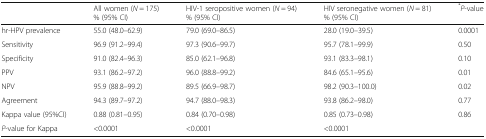
<table><thead><tr><td></td><td><b>All women (<i>N</i> = 175)% (95% CI)</b></td><td><b>HIV-1 seropositive women (<i>N</i> = 94)% (95% CI)</b></td><td><b>HIV seronegative women (<i>N</i> = 81)% (95% CI)</b></td><td><b><sup>*</sup><i>P</i>-value</b></td></tr></thead><tbody><tr><td>hr-HPV prevalence</td><td>55.0 (48.0–62.9)</td><td>79.0 (69.0–86.5)</td><td>28.0 (19.0–39.5)</td><td>0.0001</td></tr><tr><td>Sensitivity</td><td>96.9 (91.2–99.4)</td><td>97.3 (90.6–99.7)</td><td>95.7 (78.1–99.9)</td><td>0.50</td></tr><tr><td>Specificity</td><td>91.0 (82.4–96.3)</td><td>85.0 (62.1–96.8)</td><td>93.1 (83.3–98.1)</td><td>0.10</td></tr><tr><td>PPV</td><td>93.1 (86.2–97.2)</td><td>96.0 (88.8–99.2)</td><td>84.6 (65.1–95.6)</td><td>0.01</td></tr><tr><td>NPV</td><td>95.9 (88.8–99.2)</td><td>89.5 (66.9–98.7)</td><td>98.2 (90.3–100.0)</td><td>0.02</td></tr><tr><td>Agreement</td><td>94.3 (89.7–97.2)</td><td>94.7 (88.0–98.3)</td><td>93.8 (86.2–98.0)</td><td>0.77</td></tr><tr><td>Kappa value (95%CI)</td><td>0.88 (0.81–0.95)</td><td>0.84 (0.70–0.98)</td><td>0.85 (0.73–0.98)</td><td>0.86</td></tr><tr><td><i>P</i>-value for Kappa</td><td>&lt;0.0001</td><td>&lt;0.0001</td><td>&lt;0.0001</td><td></td></tr></tbody></table>